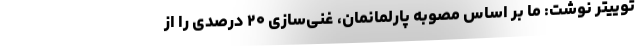
توییتر نوشت: ما بر اساس مصوبه پارلمانمان، غنی‌سازی ۲۰ درصدی را از